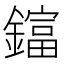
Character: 𨬬